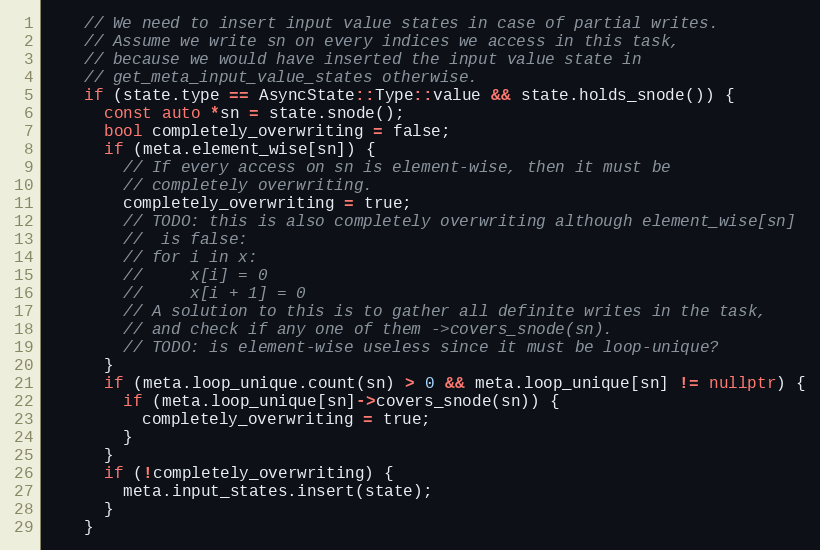
Language: C++
    // We need to insert input value states in case of partial writes.
    // Assume we write sn on every indices we access in this task,
    // because we would have inserted the input value state in
    // get_meta_input_value_states otherwise.
    if (state.type == AsyncState::Type::value && state.holds_snode()) {
      const auto *sn = state.snode();
      bool completely_overwriting = false;
      if (meta.element_wise[sn]) {
        // If every access on sn is element-wise, then it must be
        // completely overwriting.
        completely_overwriting = true;
        // TODO: this is also completely overwriting although element_wise[sn]
        //  is false:
        // for i in x:
        //     x[i] = 0
        //     x[i + 1] = 0
        // A solution to this is to gather all definite writes in the task,
        // and check if any one of them ->covers_snode(sn).
        // TODO: is element-wise useless since it must be loop-unique?
      }
      if (meta.loop_unique.count(sn) > 0 && meta.loop_unique[sn] != nullptr) {
        if (meta.loop_unique[sn]->covers_snode(sn)) {
          completely_overwriting = true;
        }
      }
      if (!completely_overwriting) {
        meta.input_states.insert(state);
      }
    }